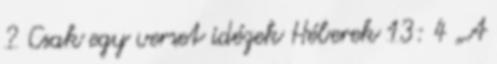
? Csak egy verset idézek Héberek 13: 4 „A